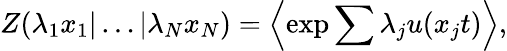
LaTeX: Z(\lambda_{1}x_{1}|\ldots|\lambda_{N}x_{N})=\left\langle\exp{\sum{\lambda_{j}u(x_{j}t)}}\right\rangle,